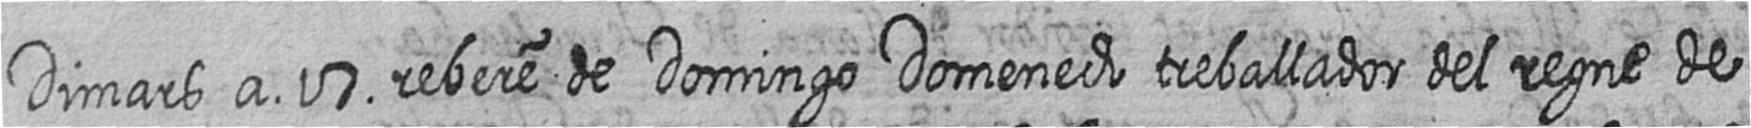
Dimars a 17 rebere de Domingo Domenech treballador del regne de